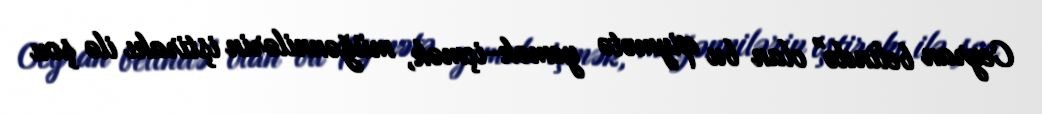
Ceyran belində" olan bu qiymətə yemək-içmək, müğənnilərin iştirakı ilə şou